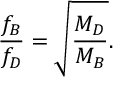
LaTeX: { \frac { f _ { B } } { f _ { D } } } = \sqrt { \frac { M _ { D } } { M _ { B } } } .